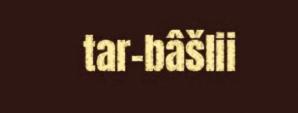
tar-bâšlii